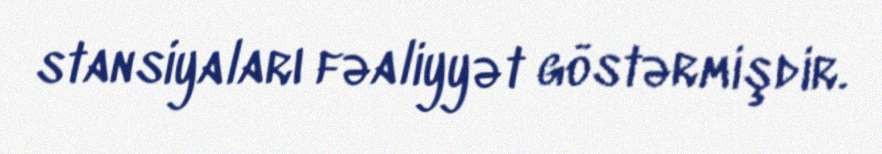
stansiyaları fəaliyyət göstərmişdir.